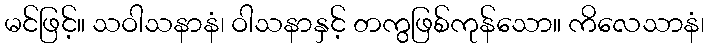
မင်ဖြင့်။ သဝါသနာနံ၊ ဝါသနာနှင့် တကွဖြစ်ကုန်သော။ ကိလေသာနံ၊